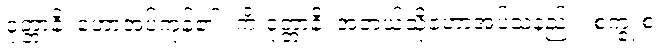
ဝုတ္တာနိ၊ ဟောအပ်ကုန်၏။ ကိံ ဝုတ္တာနိ၊ အဘယ်သို့ဟောအပ်သနည်း။ စက္ခုံ စ၊